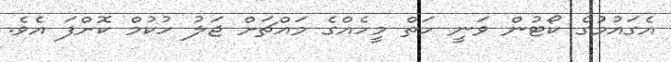
އެގައުމުގެ ކޯޓުން ވަނީ ހަތް މީހެއްގެ މައްޗަށް ޖަލު ހުކުމް ކޮށްފަ އެވެ.